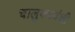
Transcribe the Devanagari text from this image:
चालुक्यवंशी